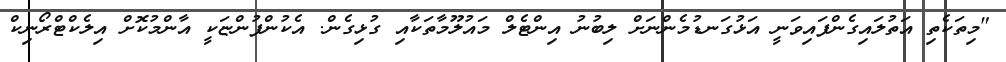
"މިތަކެތި އަތުލައިގެންފައިވަނީ އަޅުގަނޑުމެންނަށް ލިބުނު އިންޓެލް މައުލޫމާތަކާއި ގުޅިގެން. އެކުންފުންޏަކީ އާންމުކޮށް އިލެކްޓްރޯނިކް